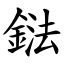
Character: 鍅